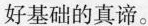
好基础的真谛。